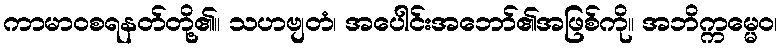
ကာမာဝစရနတ်တို့၏။ သဟဗျတံ၊ အပေါင်းအဘော်၏အဖြစ်ကို။ အဘိက္ကမ္မေဝ၊